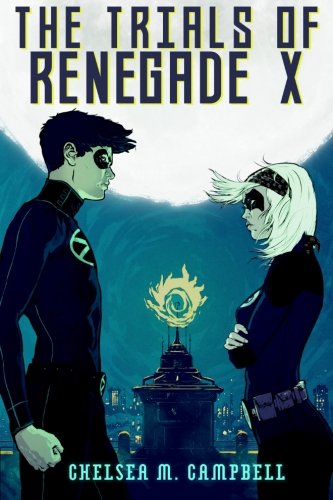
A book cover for The Trials of Renegade X (Volume 2); Chelsea M. Campbell; Science Fiction & Fantasy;